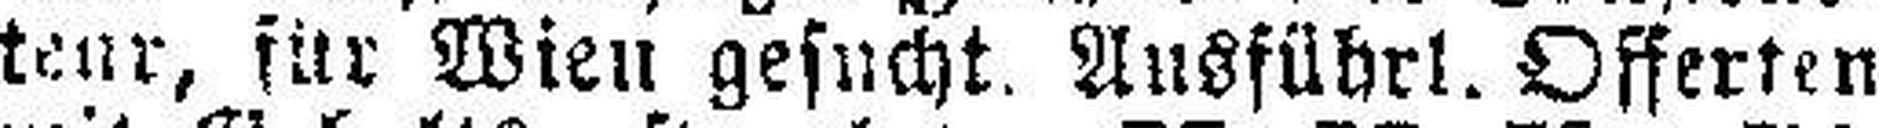
teur, für Wien gesucht. AusführI. Offerten